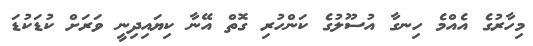
މިހާރުގެ އެއްމެ ހިނގާ އުސޫލުގެ ކަންހުރި ގޮތް އޭނާ ކިޔައިދިނީ ވަރަށް ކުޑަކުޑަ